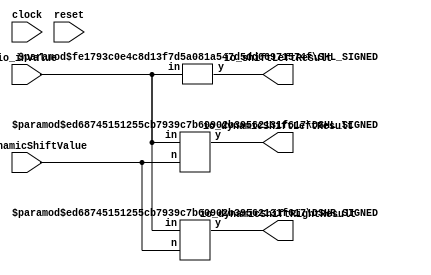
module FixedPointShifter(
    input clock,
    input reset,
    input [7:0] io_inValue,
    input [2:0] io_dynamicShiftValue,
    output [16:0] io_shiftLeftResult,
    output [7:0] io_dynamicShiftRightResult,
    output [14:0] io_dynamicShiftLeftResult
);
    wire [16:0] _T_7;
    SHL_SIGNED #(.width(8), .n(9)) s_shl_1 (
        .y(_T_7),
        .in(io_inValue)
    );
    wire [14:0] _T_8;
    DSHL_SIGNED #(.width_in(8), .width_n(3)) s_dshl_2 (
        .y(_T_8),
        .in(io_inValue),
        .n(io_dynamicShiftValue)
    );
    wire [7:0] _T_9;
    DSHR_SIGNED #(.width_in(8), .width_n(3)) s_dshr_3 (
        .y(_T_9),
        .in(io_inValue),
        .n(io_dynamicShiftValue)
    );
    assign io_dynamicShiftLeftResult = _T_8;
    assign io_dynamicShiftRightResult = _T_9;
    assign io_shiftLeftResult = _T_7;
endmodule //FixedPointShifter
module SHL_SIGNED(y, in);
    parameter width = 4;
    parameter n = 4;
    output [width+n-1:0] y;
    input [width-1:0] in;
    wire [width+n-1:0] temp;
    assign temp = {{n{in[width-1]}}, in};
    assign y = $signed(temp) << n;
endmodule // SHL_SIGNED
module DSHL_SIGNED(y, in, n);
    parameter width_in = 4;
    parameter width_n = 2;
    output [(width_in+2**width_n-1)-1:0] y;
    input [width_in-1:0] in;
    input [width_n-1:0] n;
    wire [(width_in+2**width_n-1)-1:0] temp;
    assign temp = {{(2**width_n-1){in[width_in-1]}}, in};
    assign y = $signed(temp) << n;
endmodule // DSHL_SIGNED
module DSHR_SIGNED(y, in, n);
    parameter width_in = 4;
    parameter width_n = 2;
    output [width_in-1:0] y;
    input [width_in-1:0] in;
    input [width_n-1:0] n;
    assign y = $signed(in) >>> n;
endmodule // DSHR_SIGNED